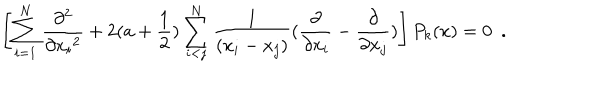
LaTeX: \left[ \sum _ { i = 1 } ^ { N } \frac { \partial ^ { 2 } } { \partial { x _ { i } } ^ { 2 } } + 2 ( a + \frac { 1 } { 2 } ) \sum _ { i < j } ^ { N } \frac { 1 } { ( x _ { i } - x _ { j } ) } ( \frac { \partial } { \partial x _ { i } } - \frac { \partial } { \partial x _ { j } } ) \right] P _ { k } ( x ) = 0 \, \, \, .